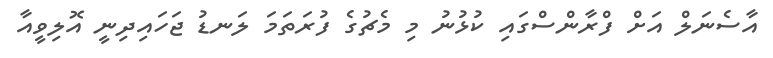
އާސެނަލް އަށް ފްރާންސްގައި ކުޅުނު މި މެޗުގެ ފުރަތަމަ ލަނޑު ޖަހައިދިނީ އޮލިވީއާ